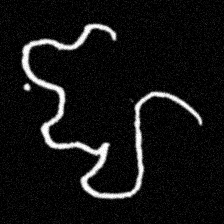
Pyu character \u2014 Myanmar letter: ဈ (romanized: jha)